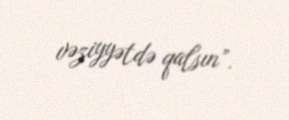
vəziyyətdə qalsın”.